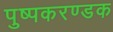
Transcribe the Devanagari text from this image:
पुष्पकरण्डक